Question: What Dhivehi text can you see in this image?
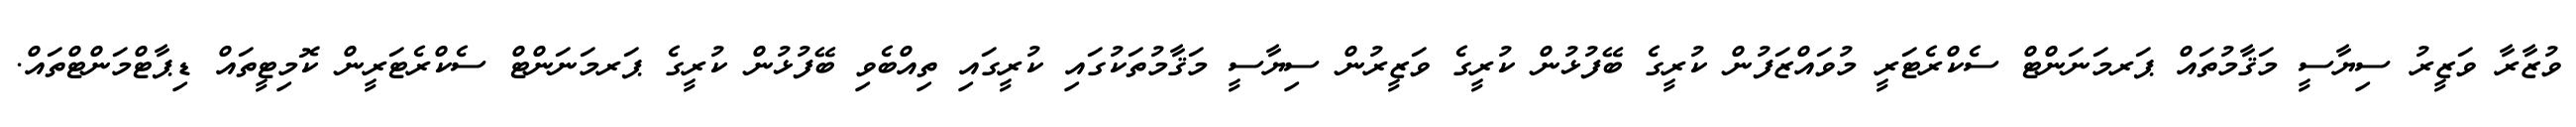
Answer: ވުޒާރާ ވަޒީރު ސިޔާސީ މަޤާމުތައް ޕަރމަނަންޓް ސެކްރެޓަރީ މުވައްޒަފުން ކުރީގެ ބޭފުޅުން ކުރީގެ ވަޒީރުން ސިޔާސީ މަޤާމުތަކުގައި ކުރީގައި ތިއްބެވި ބޭފުޅުން ކުރީގެ ޕަރމަނަންޓް ސެކްރެޓަރީން ކޮމިޓީތައް ޑިޕާޓްމަންޓްތައް.